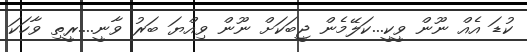
ކުޑަ އެއް ނޫން ވީކީ...ކަލޭމެން ޖީބަކަށް ނޫން ވިއްޔަ ބަރު ވާނީ....ރީތި ވާހަކަ